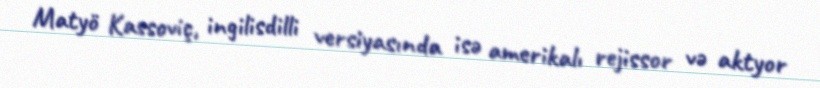
Matyö Kassoviç, ingilisdilli versiyasında isə amerikalı rejissor və aktyor